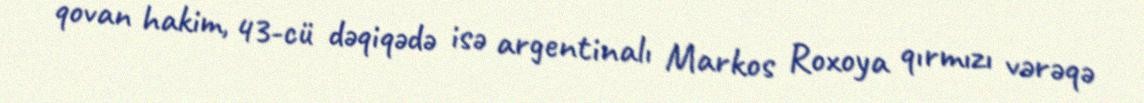
qovan hakim, 43-cü dəqiqədə isə argentinalı Markos Roxoya qırmızı vərəqə